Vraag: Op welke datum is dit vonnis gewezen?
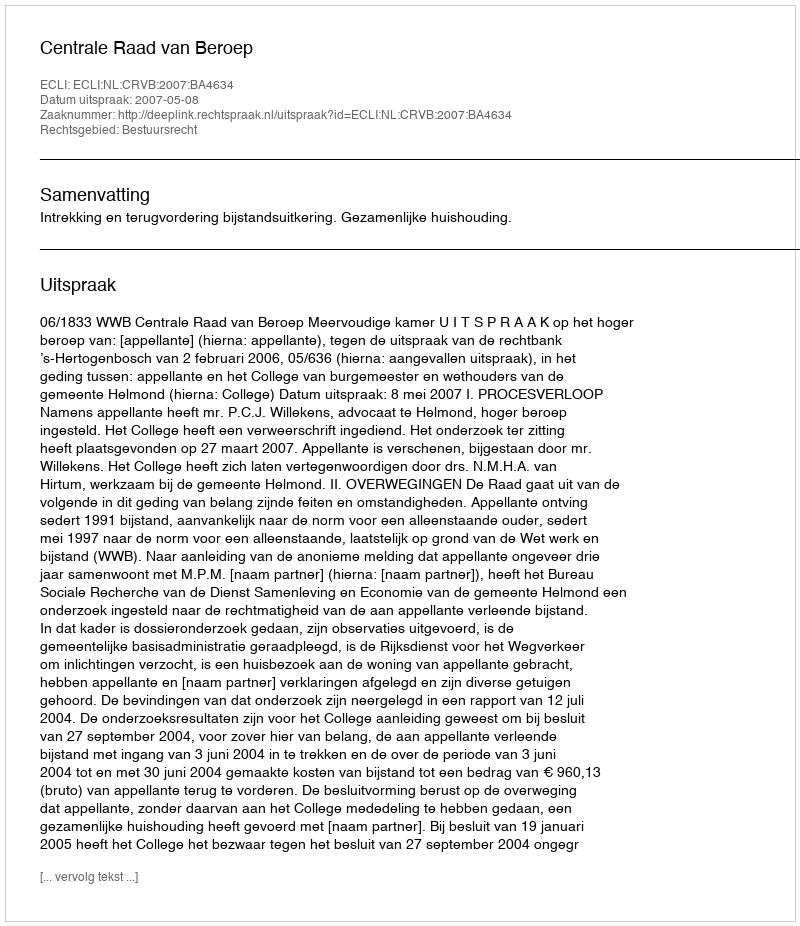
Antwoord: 2007-05-08